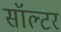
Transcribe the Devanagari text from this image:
सॉल्टर